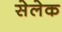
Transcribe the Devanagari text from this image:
सेलेक